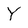
Character: Y